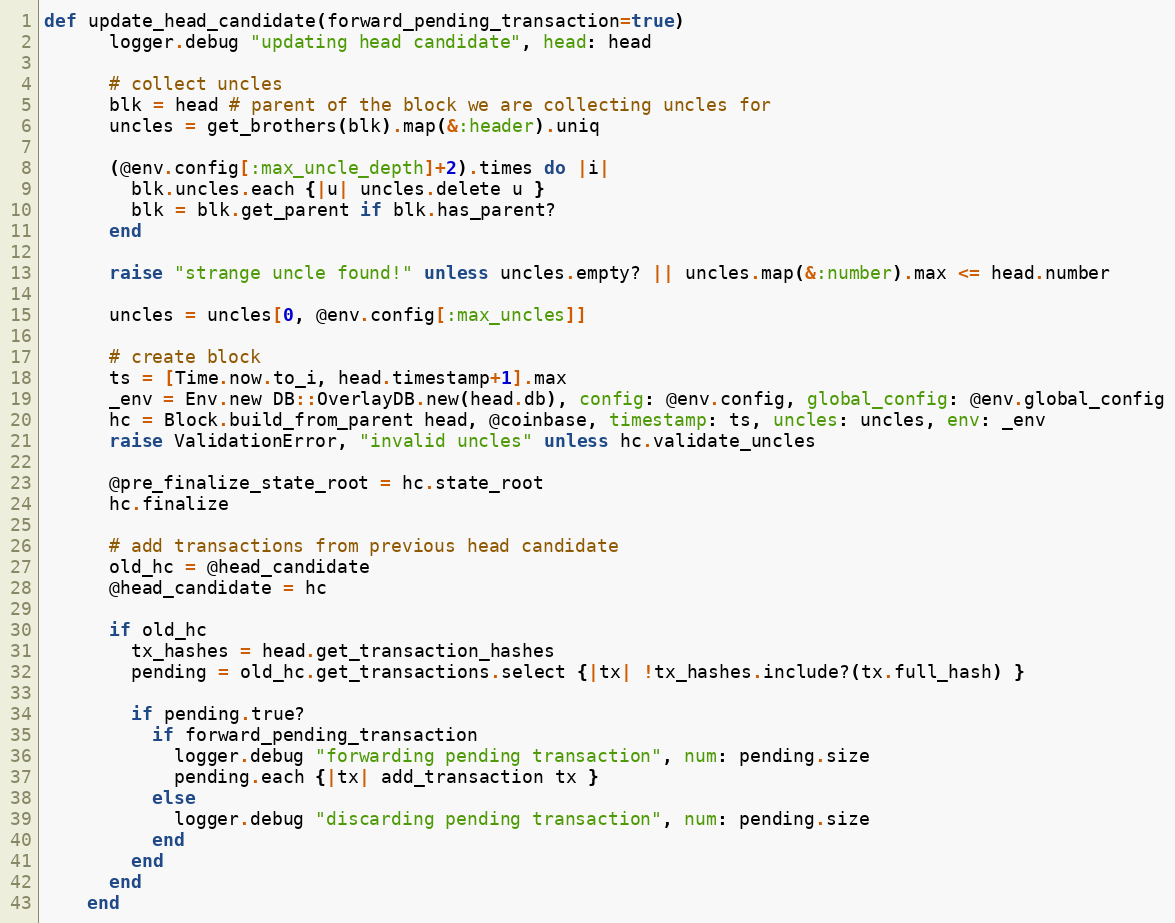
Language: Ruby
def update_head_candidate(forward_pending_transaction=true)
      logger.debug "updating head candidate", head: head

      # collect uncles
      blk = head # parent of the block we are collecting uncles for
      uncles = get_brothers(blk).map(&:header).uniq

      (@env.config[:max_uncle_depth]+2).times do |i|
        blk.uncles.each {|u| uncles.delete u }
        blk = blk.get_parent if blk.has_parent?
      end

      raise "strange uncle found!" unless uncles.empty? || uncles.map(&:number).max <= head.number

      uncles = uncles[0, @env.config[:max_uncles]]

      # create block
      ts = [Time.now.to_i, head.timestamp+1].max
      _env = Env.new DB::OverlayDB.new(head.db), config: @env.config, global_config: @env.global_config
      hc = Block.build_from_parent head, @coinbase, timestamp: ts, uncles: uncles, env: _env
      raise ValidationError, "invalid uncles" unless hc.validate_uncles

      @pre_finalize_state_root = hc.state_root
      hc.finalize

      # add transactions from previous head candidate
      old_hc = @head_candidate
      @head_candidate = hc

      if old_hc
        tx_hashes = head.get_transaction_hashes
        pending = old_hc.get_transactions.select {|tx| !tx_hashes.include?(tx.full_hash) }

        if pending.true?
          if forward_pending_transaction
            logger.debug "forwarding pending transaction", num: pending.size
            pending.each {|tx| add_transaction tx }
          else
            logger.debug "discarding pending transaction", num: pending.size
          end
        end
      end
    end